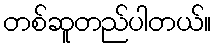
တစ်ဆူတည်ပါတယ်။